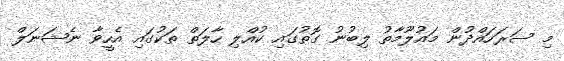
މި ސަރަހައްދުން މައުލޫމާތު ލިބުނު ގޮތުގައި ކުއްލި ހާލަތް ތަކުގައި އެހީވާ ނެޝަނަލް